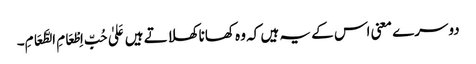
دوسرے معنی اس کے یہ ہیں کہ وہ کھانا کھلاتے ہیں عَلیٰ حُبِّ اِطْعَامِ الطَّعَامِ۔